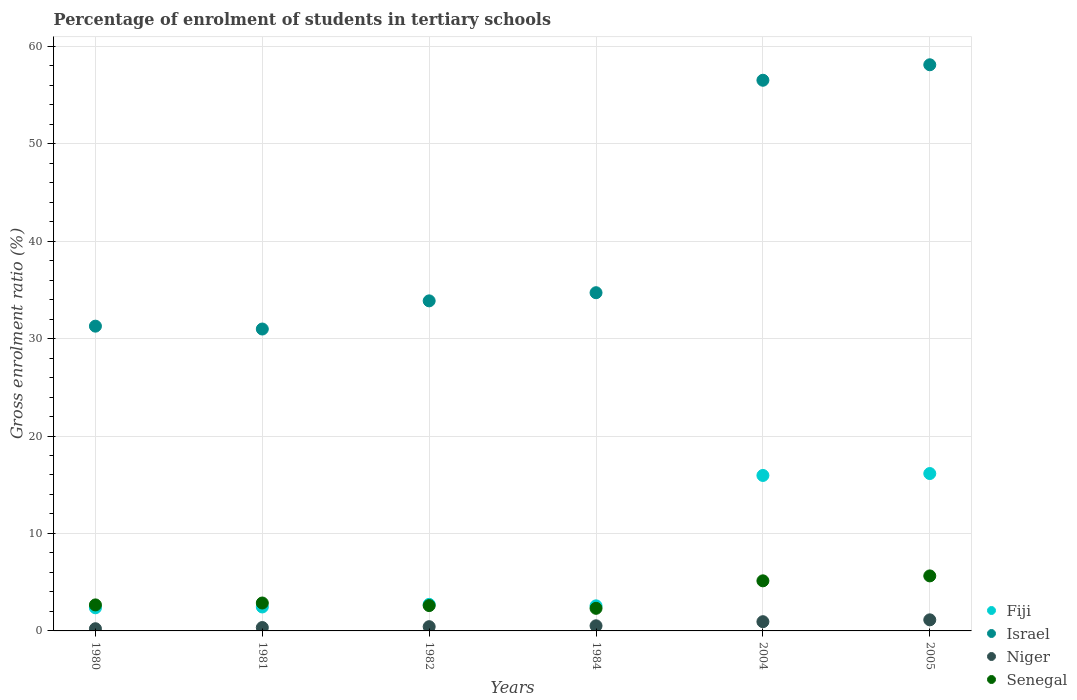
| Years | Fiji | Israel | Niger | Senegal |
 | --- | --- | --- | --- | --- |
 | 1980 | 2.37 | 31.3 | 0.226 | 2.67 |
 | 1981 | 2.46 | 31 | 0.348 | 2.86 |
 | 1982 | 2.72 | 33.9 | 0.436 | 2.6 |
 | 1984 | 2.57 | 34.7 | 0.526 | 2.32 |
 | 2004 | 16 | 56.5 | 0.947 | 5.14 |
 | 2005 | 16.1 | 58.1 | 1.14 | 5.64 |